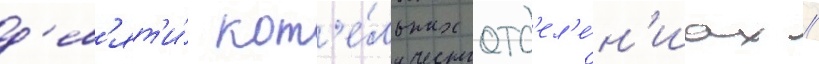
д'ев'ят'и́ кот'е́льных отд'ел'е́н'иах //